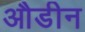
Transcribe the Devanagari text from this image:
औडीन